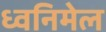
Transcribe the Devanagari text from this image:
ध्वनिमेल